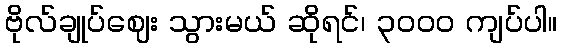
ဗိုလ်ချုပ်ဈေး သွားမယ် ဆိုရင်၊ ၃၀၀၀ ကျပ်ပါ။